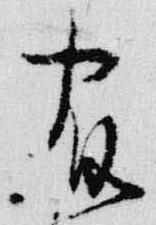
宿